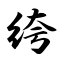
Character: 绔